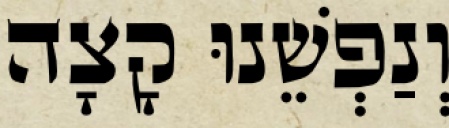
וְנַפְשֵׁנוּ קָצָה